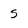
Character: s